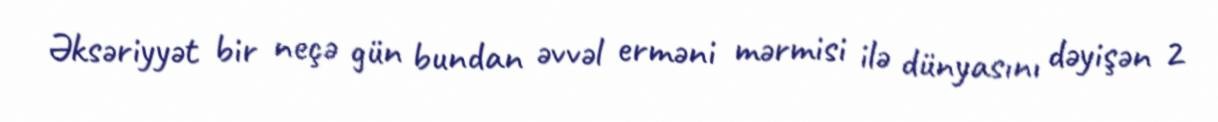
Əksəriyyət bir neçə gün bundan əvvəl erməni mərmisi ilə dünyasını dəyişən 2